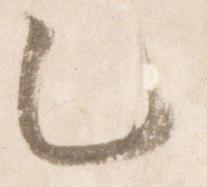
乙